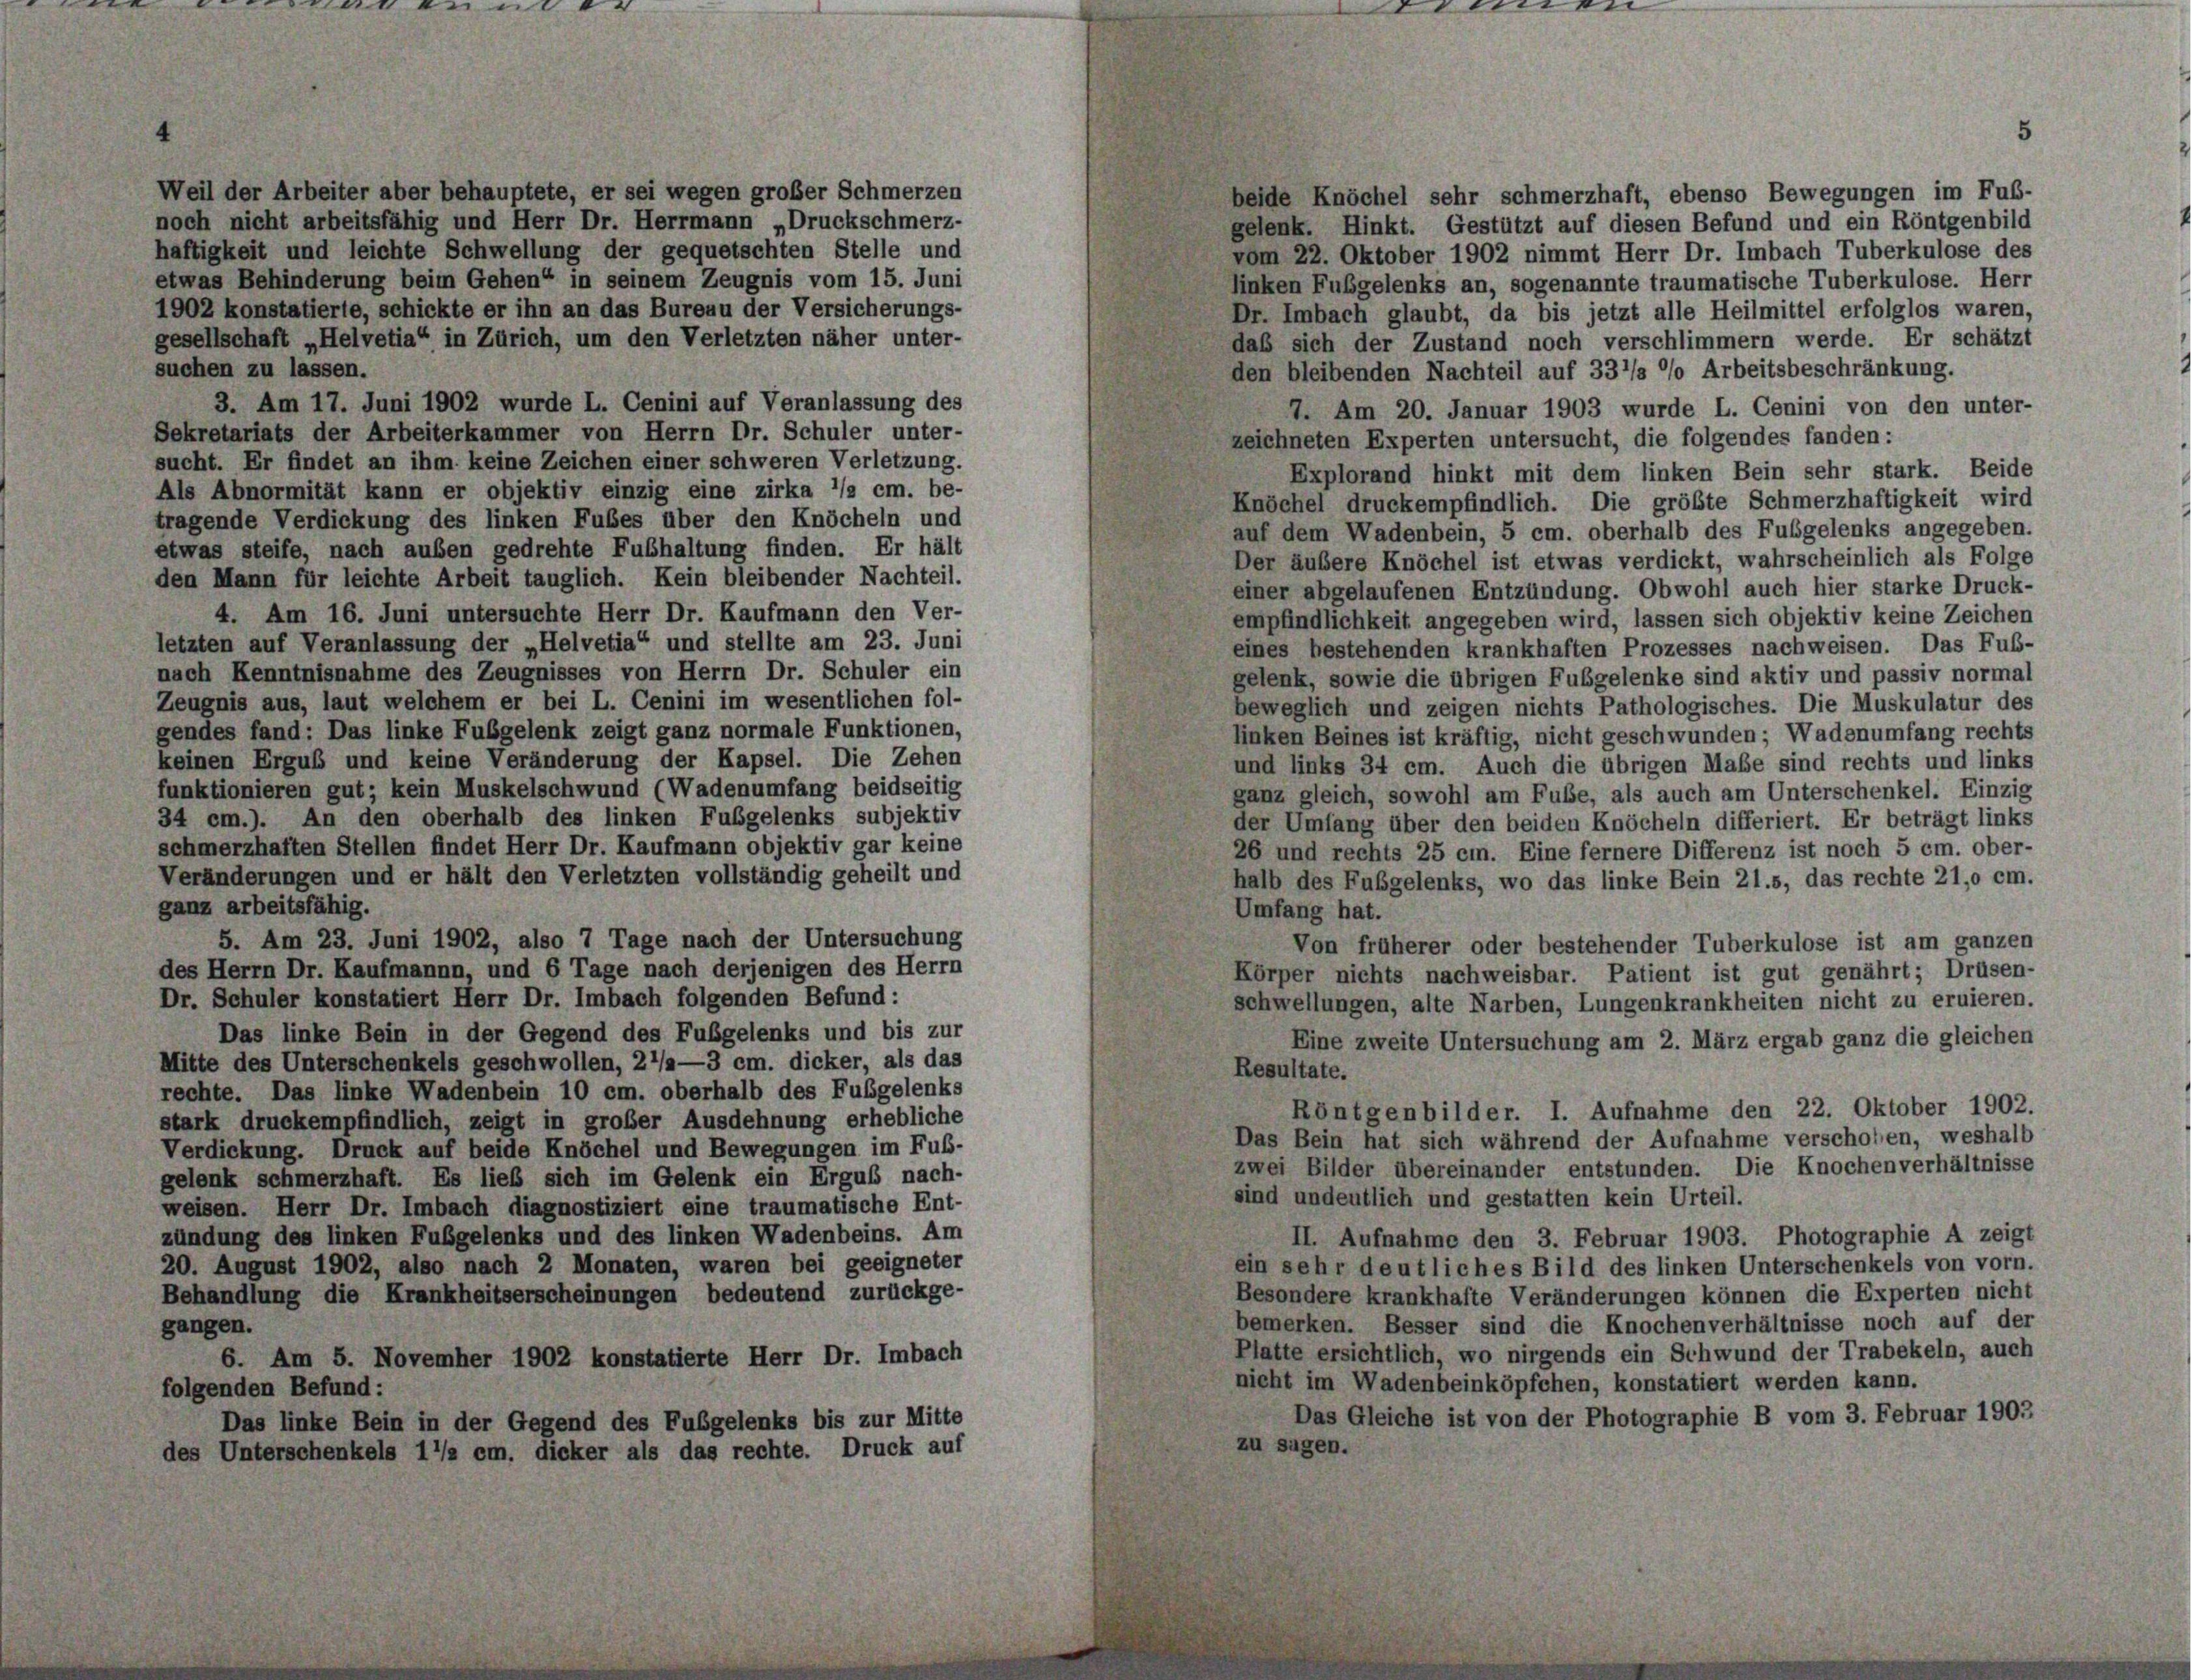
Weil der Arbeiter aber behauptete, er sei wegen großer Schmerzen
noch nicht arbeitsfähig und Herr Dr. Herrmann „Druckschmerz-
haftigkeit und leichte Schwellung der gequetschten Stelle und
etwas Behinderung beim Gehen“ in seinem Zeugnis vom 15. Juni
1902 konstatierte, schickte er ihn an das Bureau der Versicherungs-
gesellschaft „Helvetia“ in Zürich, um den Verletzten näher unter-
suchen zu lassen.

beide Knöchel sehr schmerzhaft, ebenso Bewegungen im Fuß-
gelenk. Hinkt. Gestützt auf diesen Befund und ein Röntgenbild
vom 22. Oktober 1902 nimmt Herr Dr. Imbach Tuberkulose des
linken Fußgelenks an, sogenannte traumatische Tuberkulose. Herr
Dr. Imbach glaubt, da bis jetzt alle Heilmittel erfolglos waren.
daß sich der Zustand noch verschlimmern werde. Er schätzt
den bleibenden Nachteil auf 33’/s % Arbeitsbeschränkung.
3. Am 17. Juni 1902 wurde L. Cenini auf Veranlassung des
7. Am 20. Januar 1903 wurde L. Cenini von den unter-
Sekretariats der Arbeiterkammer von Herrn Dr. Schuler unter-
zeichneten Experten untersucht, die folgendes fanden:
sucht. Er findet an ihm keine Zeichen einer schweren Verletzung.
Explorand hinkt mit dem linken Bein sehr stark. Beide
Als Abnormität kann er objektiv einzig eine zirka 1/2 cm. be-
Knöchel druckempfindlich. Die größte Schmerzhaftigkeit wird
tragende Verdickung des linken Fußes über den Knöcheln und
auf dem Wadenbein, 5 cm. oberhalb des Fulgelenks angegeben.
etwas steife, nach außen gedrehte Fubhaltung finden. Er hält
Der äußere Knöchel ist etwas verdickt, wahrscheinlich als Folge
den Mann für leichte Arbeit tauglich. Kein bleibender Nachteil.
einer abgelaufenen Entzündung. Obwohl auch hier starke Druck-
4. Am 16. Juni untersuchte Herr Dr. Kaufmann den Ver-
empfindlichkeit angegeben wird, lassen sich objektiv keine Zeichen
letzten auf Veranlassung der „Helvetia“ und stellte am 23. Juni
eines bestehenden krankhaften Prozesses nachweisen. Das Fuß-
nach Kenntnisnahme des Zeugnisses von Herrn Dr. Schuler ein
gelenk, sowie die übrigen Fubgelenke sind aktiv und passiv normal
Zeugnis aus, laut welchem er bei L. Cenini im wesentlichen fol-
beweglich und zeigen nichts Pathologisches. Die Muskulatur des
gendes fand: Das linke Fubgelenk zeigt ganz normale Funktionen,
linken Beines ist kräftig, nicht geschwunden; Wadenumfang rechts
keinen Ergus und keine Veränderung der Kapsel. Die Zehen
und links 34 cm. Auch die übrigen Maße sind rechts und links
funktionieren gut; kein Muskelschwund (Wadenumfang beidseitig
ganz gleich, sowohl am Fube, als auch am Unterschenkel. Einzig
34 cm.). An den oberhalb des linken Fußgelenks subjektiv
der Umfang über den beiden Knöcheln differiert. Er beträgt links
schmerzhaften Stellen findet Herr Dr. Kaufmann objektiv gar keine
26 und rechts 25 ein. Eine fernere Differenz ist noch 5 cm. ober-
Veränderungen und er hält den Verletzten vollständig geheilt und
halb des Fubgelenks, wo das linke Bein 21.s, das rechte 21,0 cm.
ganz arbeitsfähig.
Umfang hat.
5. Am 23. Juni 1902, also 7 Tage nach der Untersuchung
Von früherer oder bestehender Tuberkulose ist am ganzen
des Herrn Dr. Kaufmannn, und 6 Tage nach derjenigen des Herrn
Körper nichts nachweisbar. Patient ist gut genährt; Drüsen-
Dr. Schuler konstatiert Herr Dr. Imbach folgenden Befund:
schwellungen, alte Narben, Lungenkrankheiten nicht zu eruieren.
Das linke Bein in der Gegend des Fußgelenks und bis zur
Eine zweite Untersuchung am 2. März ergab ganz die gleichen
Mitte des Unterschenkels geschwollen, 27/2—3 cm. dicker, als das
Resultate.
rechte. Das linke Wadenbein 10 cm. oberhalb des Fußgelenks
Röntgenbilder. I. Aufnahme den 22. Oktober 1902.
stark druckempfindlich, zeigt in großer Ausdehnung erhebliche
Das Bein hat sich während der Aufnahme verscholen, weshalb
Verdickung. Druck auf beide Knöchel und Bewegungen im Fuß-
zwei Bilder übereinander entstunden. Die Knochenverhältnisse
gelenk schmerzhaft. Es lieb sich im Gelenk ein Erguß nach-
sind undeutlich und gestatten kein Urteil.
weisen. Herr Dr. Imbach diagnostiziert eine traumatische Ent-
zündung des linken Fußgelenks und des linken Wadenbeins. Am
II. Aufnahme den 3. Februar 1903. Photographie A zeigt
20. August 1902, also nach 2 Monaten, waren bei geeigneter
ein sehr deutliches Bild des linken Unterschenkels von vorn.
Behandlung die Krankheitserscheinungen bedeutend zurückge-
Besondere krankhafte Veränderungen können die Experten nicht
bemerken. Besser sind die Knochenverhältnisse noch auf der
gangen.
Platte ersichtlich, wo nirgends ein Schwund der Trabekeln, auch
6. Am 5. November 1902 konstatierte Herr Dr. Imbach
nicht im Wadenbeinköpfchen, konstatiert werden kann.
folgenden Befund:
Das Gleiche ist von der Photographie B vom 3. Februar 1902
Das linke Bein in der Gegend des Fubgelenks bis zur Mitte
zu sagen.
des Unterschenkels 1 1/2 cm. dicker als das rechte. Druck auf

e